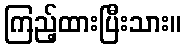
ကြည့်ထားပြီးသား။